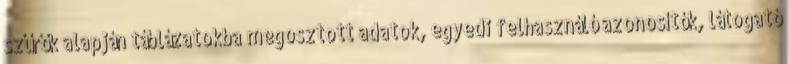
szűrők alapján táblázatokba megosztott adatok, egyedi felhasználó azonosítók, látogató